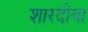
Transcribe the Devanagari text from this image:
शारदीया